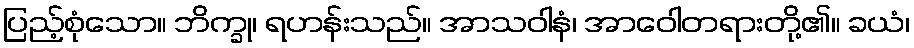
ပြည့်စုံသော။ ဘိက္ခု၊ ရဟန်းသည်။ အာသဝါနံ၊ အာဝေါတရားတို့၏။ ခယံ၊